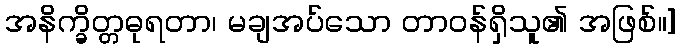
အနိက္ခိတ္တဓုရတာ၊ မချအပ်သော တာဝန်ရှိသူ၏ အဖြစ်။]